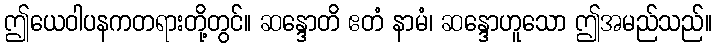
ဤယေဝါပနကတရားတို့တွင်။ ဆန္ဒောတိ ဧတံ နာမံ၊ ဆန္ဒောဟူသော ဤအမည်သည်။